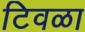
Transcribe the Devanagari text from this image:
टिवळा